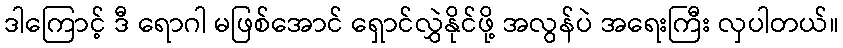
ဒါကြောင့် ဒီ ရောဂါ မဖြစ်အောင် ရှောင်လွှဲနိုင်ဖို့ အလွန်ပဲ အရေးကြီး လှပါတယ်။